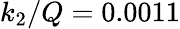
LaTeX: k_{2}/Q=0.0011